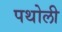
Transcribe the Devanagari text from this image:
पथोली